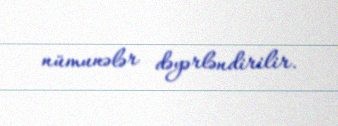
nümunələr dəyərləndirilir.